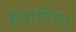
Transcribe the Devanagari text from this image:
इदारिया